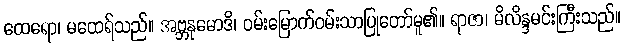
ထေရော၊ မထေရ်သည်။ အဗ္ဘနုမောဒိ၊ ဝမ်းမြောက်ဝမ်းသာပြုတော်မူ၏။ ရာဇာ၊ မိလိန္ဒမင်းကြီးသည်။